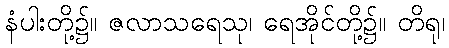
နံပါးတို့၌။ ဇလာသရေသု၊ ရေအိုင်တို့၌။ တိရု၊